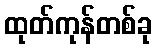
ထုတ်ကုန်တစ်ခု